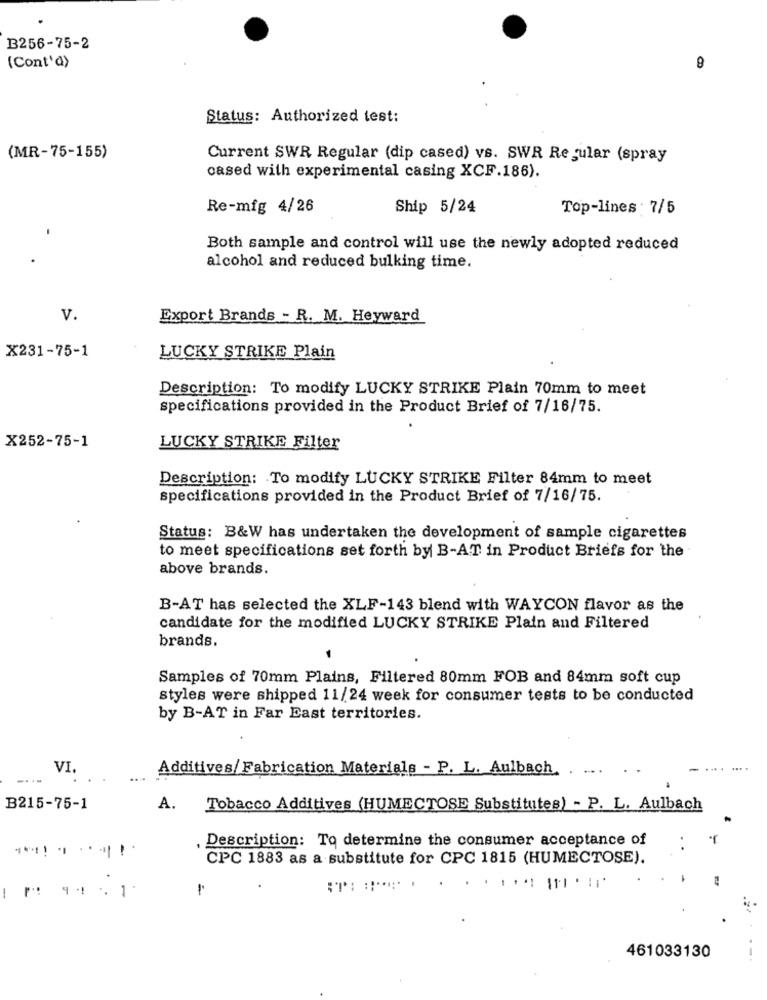
B256-75-2
(Cont'd>
9
Status: Authorized test:
(MR-75-155)
Current SWR Regular (dip cased) vs. SWR Regular (spray
cased with experimental casing XCF.186).
Re-mig 4/26
Ship 5/24
Top-lines : 7/5
.
Both sample and control will use the newly adopted reduced
alcohol and reduced bulking time.
v.
Export Brands - R. M. Heyward
X231-75-1
LUCKY STRIKE Plain
Description: To modify LUCKY STRIKE Plain 70mm to meet
specifications provided in the Product Brief of 7/16/75.
X252-75-1
LUCKY STRIKE Filter
Description: To modify LUCKY STRIKE Filter 84mm to meet
specifications provided in the Product Brief of 7/16/75.
Status: B&W has undertaken the development of sample cigarettes
to meet specifications set forth by B-AT in Product Briefs for the
above brands.
B-AT has selected the XLF-143 blend with WAYCON flavor as the
candidate for the modified LUCKY STRIKE Plain and Filtered
brands.
Samples of 70mm Plains, Filtered 80mm FOB and 84mm soft cup
styles were shipped 11/24 week for consumer tests to be conducted
by B-AT in Far East territories.
VI.
Additives/ Fabrication Materials - P. L. Aulbach.
.... .
-...
....
B215-75-1
A.
Tobacco Additives (HUMECTOSE Substitutes) - P. L. Aulbach
Description: To determine the consumer acceptance of
CPC 1883 as a substitute for CPC 1815 (HUMECTOSE).
-
461033130